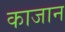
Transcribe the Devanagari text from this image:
काजान